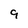
Character: 9